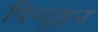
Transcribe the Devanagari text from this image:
पिन्गुइन